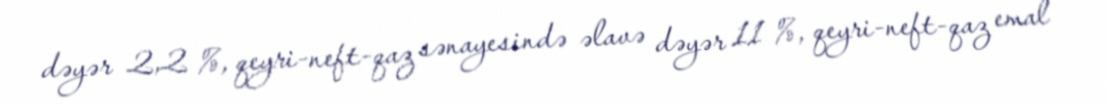
dəyər 2,2 %, qeyri-neft-qaz sənayesində əlavə dəyər 11 %, qeyri-neft-qaz emal